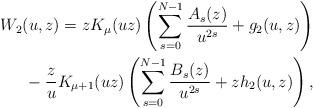
LaTeX: \begin{align*}W_2(u,z)=zK_\mu(uz)\left(\sum_{s=0}^{N-1} \frac{A_s(z)}{u^{2s}}+g_2(u,z)\right)\\\hphantom{W_2(u,z)=}{} -\frac{z}{u}K_{\mu+1}(uz)\left(\sum_{s=0}^{N-1} \frac{B_s(z)}{u^{2s}}+zh_2(u,z)\right),\end{align*}